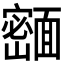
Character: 𬰢